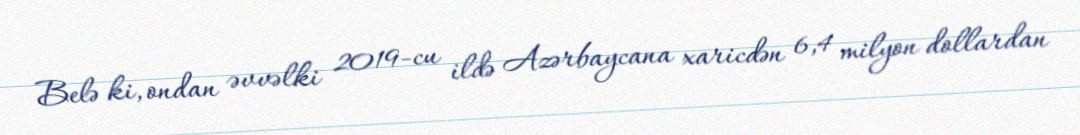
Belə ki, ondan əvvəlki 2019-cu ildə Azərbaycana xaricdən 6,4 milyon dollardan